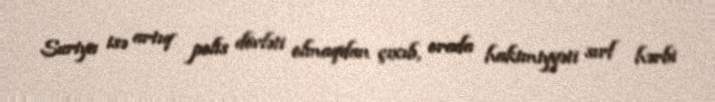
Suriya isə artıq polis dövləti olmaqdan çıxıb, orada hakimiyyəti sırf hərbi